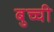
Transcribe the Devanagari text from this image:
बुच्ची